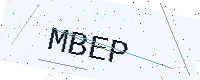
Text: MBEP